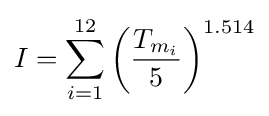
I=\sum _{i=1}^{12}\left({\frac {T_{m_{i}}}{5}}\right)^{1.514}